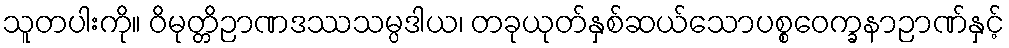
သူတပါးကို။ ဝိမုတ္တိဉာဏဒဿသမ္ပဒါယ၊ တခုယုတ်နှစ်ဆယ်သောပစ္စဝေက္ခနာဉာဏ်နှင့်